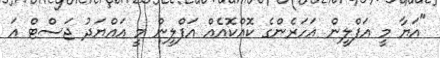
"އަޔާ މީ އަފްލީން އަހަރެންގެ ކޮއްކޮއެއް އަފްލީން މީ އައްޔަދު ޖަސްޓް އަ